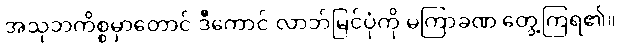
အသုဘကိစ္စမှာတောင် ဒီကောင် လာဘ်မြင်ပုံကို မကြာခဏ တွေ့ကြရ၏။